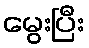
မွေးပြီး